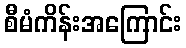
စီမံကိန်းအကြောင်း